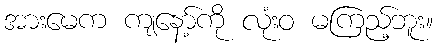
အားမေက ကျနော့်ကို လုံးဝ မကြည့်ဘူး။